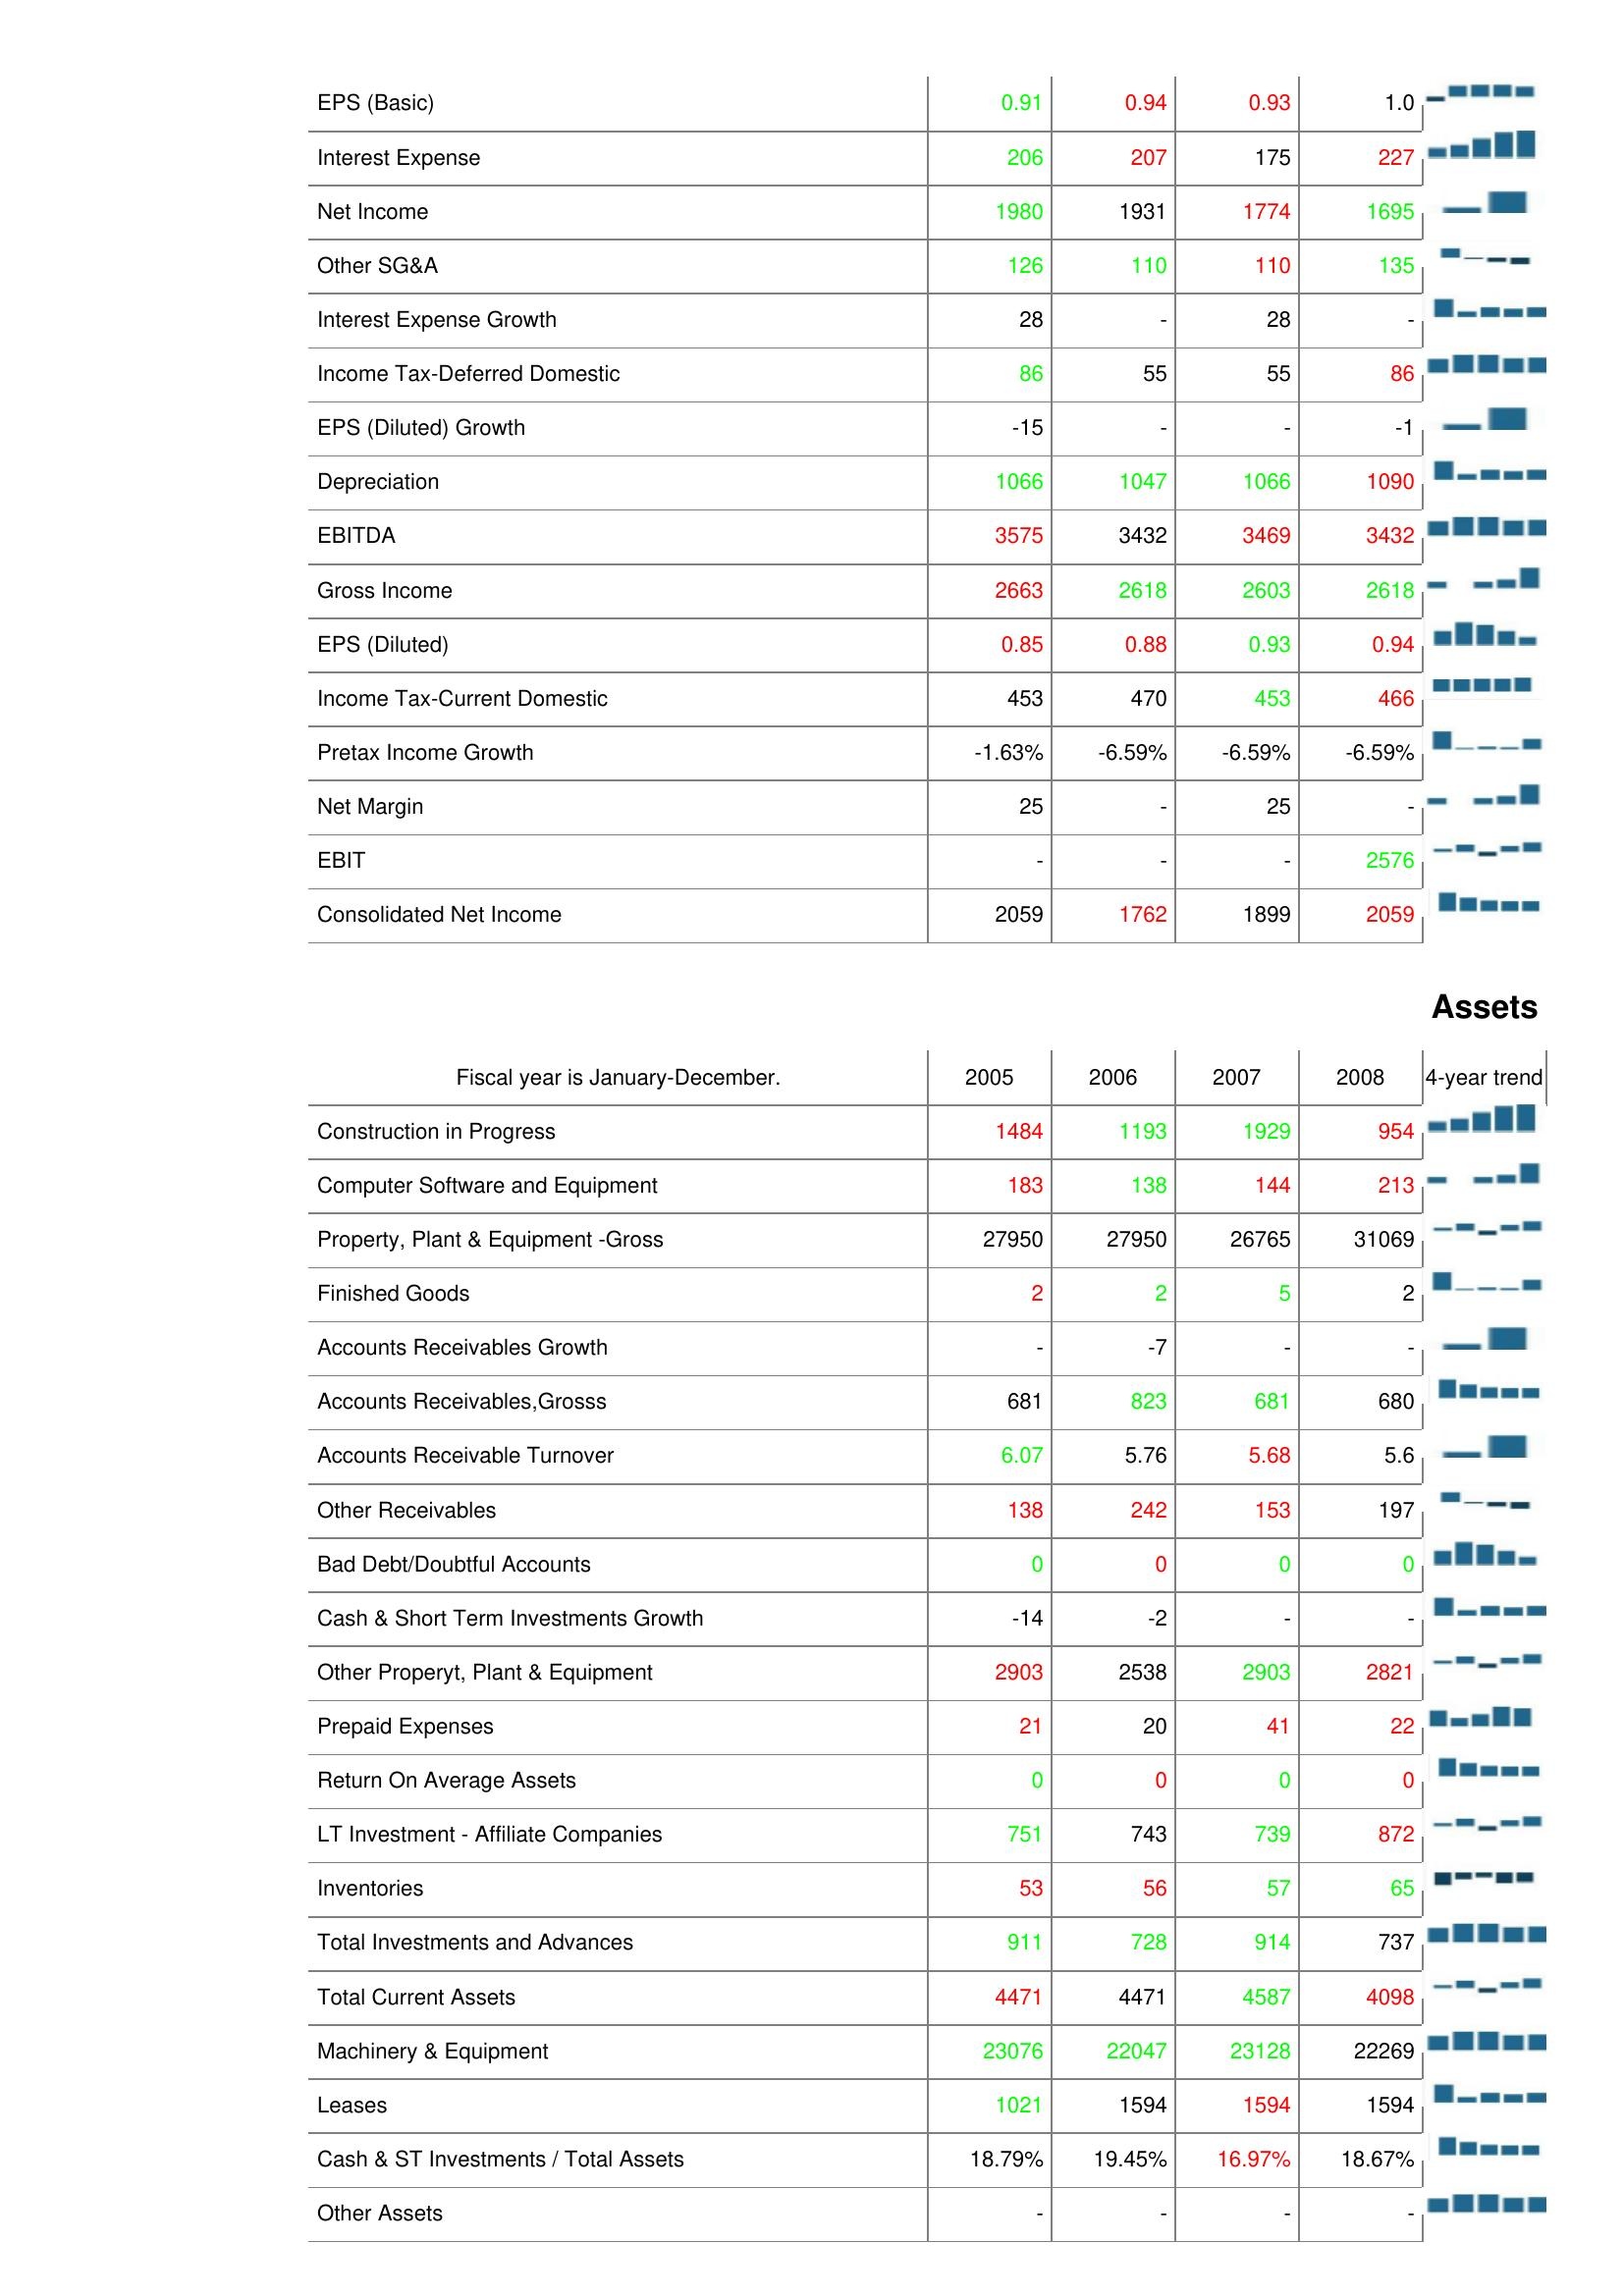
2005: : EPS (Basic): 0.91
Interest Expense: 206
Net Income: 1980
Other SG&A: 126
Interest Expense Growth: 28
Income Tax-Deferred Domestic: 86
EPS (Diluted) Growth: -15
Depreciation: 1066
EBITDA: 3575
Gross Income: 2663
EPS (Diluted): 0.85
Income Tax-Current Domestic: 453
Pretax Income Growth: -1.63%
Net Margin: 25
EBIT: -
Consolidated Net Income: 2059
Assets: Construction in Progress: 1484
Computer Software and Equipment: 183
Property, Plant & Equipment -Gross: 27950
Finished Goods: 2
Accounts Receivables Growth: -
Accounts Receivables,Grosss: 681
Accounts Receivable Turnover: 6.07
Other Receivables: 138
Bad Debt/Doubtful Accounts: 0
Cash & Short Term Investments Growth: -14
Other Properyt, Plant & Equipment: 2903
Prepaid Expenses: 21
Return On Average Assets: 0
LT Investment - Affiliate Companies: 751
Inventories: 53
Total Investments and Advances: 911
Total Current Assets: 4471
Machinery & Equipment: 23076
Leases: 1021
Cash & ST Investments / Total Assets: 18.79%
Other Assets: -
2006: : EPS (Basic): 0.94
Interest Expense: 207
Net Income: 1931
Other SG&A: 110
Interest Expense Growth: -
Income Tax-Deferred Domestic: 55
EPS (Diluted) Growth: -
Depreciation: 1047
EBITDA: 3432
Gross Income: 2618
EPS (Diluted): 0.88
Income Tax-Current Domestic: 470
Pretax Income Growth: -6.59%
Net Margin: -
EBIT: -
Consolidated Net Income: 1762
Assets: Construction in Progress: 1193
Computer Software and Equipment: 138
Property, Plant & Equipment -Gross: 27950
Finished Goods: 2
Accounts Receivables Growth: -7
Accounts Receivables,Grosss: 823
Accounts Receivable Turnover: 5.76
Other Receivables: 242
Bad Debt/Doubtful Accounts: 0
Cash & Short Term Investments Growth: -2
Other Properyt, Plant & Equipment: 2538
Prepaid Expenses: 20
Return On Average Assets: 0
LT Investment - Affiliate Companies: 743
Inventories: 56
Total Investments and Advances: 728
Total Current Assets: 4471
Machinery & Equipment: 22047
Leases: 1594
Cash & ST Investments / Total Assets: 19.45%
Other Assets: -
2007: : EPS (Basic): 0.93
Interest Expense: 175
Net Income: 1774
Other SG&A: 110
Interest Expense Growth: 28
Income Tax-Deferred Domestic: 55
EPS (Diluted) Growth: -
Depreciation: 1066
EBITDA: 3469
Gross Income: 2603
EPS (Diluted): 0.93
Income Tax-Current Domestic: 453
Pretax Income Growth: -6.59%
Net Margin: 25
EBIT: -
Consolidated Net Income: 1899
Assets: Construction in Progress: 1929
Computer Software and Equipment: 144
Property, Plant & Equipment -Gross: 26765
Finished Goods: 5
Accounts Receivables Growth: -
Accounts Receivables,Grosss: 681
Accounts Receivable Turnover: 5.68
Other Receivables: 153
Bad Debt/Doubtful Accounts: 0
Cash & Short Term Investments Growth: -
Other Properyt, Plant & Equipment: 2903
Prepaid Expenses: 41
Return On Average Assets: 0
LT Investment - Affiliate Companies: 739
Inventories: 57
Total Investments and Advances: 914
Total Current Assets: 4587
Machinery & Equipment: 23128
Leases: 1594
Cash & ST Investments / Total Assets: 16.97%
Other Assets: -
2008: : EPS (Basic): 1.0
Interest Expense: 227
Net Income: 1695
Other SG&A: 135
Interest Expense Growth: -
Income Tax-Deferred Domestic: 86
EPS (Diluted) Growth: -1
Depreciation: 1090
EBITDA: 3432
Gross Income: 2618
EPS (Diluted): 0.94
Income Tax-Current Domestic: 466
Pretax Income Growth: -6.59%
Net Margin: -
EBIT: 2576
Consolidated Net Income: 2059
Assets: Construction in Progress: 954
Computer Software and Equipment: 213
Property, Plant & Equipment -Gross: 31069
Finished Goods: 2
Accounts Receivables Growth: -
Accounts Receivables,Grosss: 680
Accounts Receivable Turnover: 5.6
Other Receivables: 197
Bad Debt/Doubtful Accounts: 0
Cash & Short Term Investments Growth: -
Other Properyt, Plant & Equipment: 2821
Prepaid Expenses: 22
Return On Average Assets: 0
LT Investment - Affiliate Companies: 872
Inventories: 65
Total Investments and Advances: 737
Total Current Assets: 4098
Machinery & Equipment: 22269
Leases: 1594
Cash & ST Investments / Total Assets: 18.67%
Other Assets: -